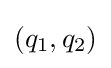
(q_{1},q_{2})